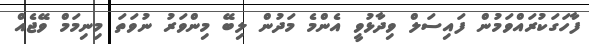
ފާހަގަކުރައްވަމުން ފައިސަލް ވިދާޅުވީ އެންމެ މަދުން ލިބޭ މިންވަރު ނުވަތަ މިނިމަމް ވޭޖެއް